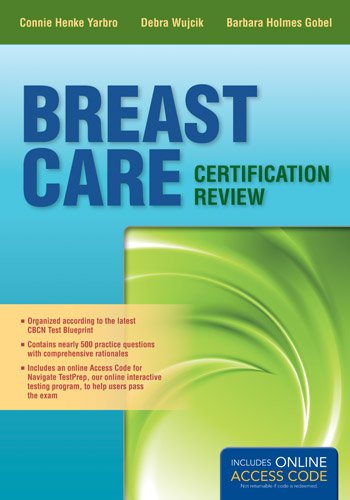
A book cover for Breast Care Certification Review; Connie Henke Yarbro; Medical Books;